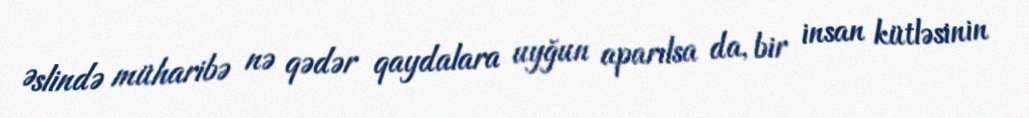
Əslində müharibə nə qədər qaydalara uyğun aparılsa da, bir insan kütləsinin